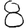
Digit: 8